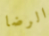
الرضا